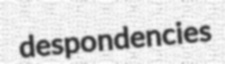
despondencies